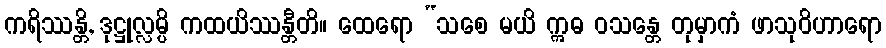
ကရိဿန္တိ, ဒုဋ္ဌုလ္လမ္ပိ ကထယိဿန္တီတိ။ ထေရော “သစေ မယိ ဣဓ ဝသန္တေ တုမှာကံ ဖာသုဝိဟာရော